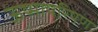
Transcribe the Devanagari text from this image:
ऊष्मापरिषण